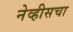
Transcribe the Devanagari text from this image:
नेव्हीसचा